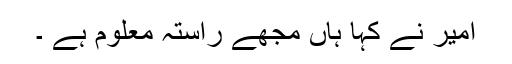
امیر نے کہا ہاں مجھے راستہ معلوم ہے ۔